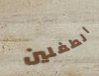
الطفلين